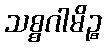
သစ္စဂါမိဉ္စ